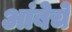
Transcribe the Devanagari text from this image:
आंबेचे